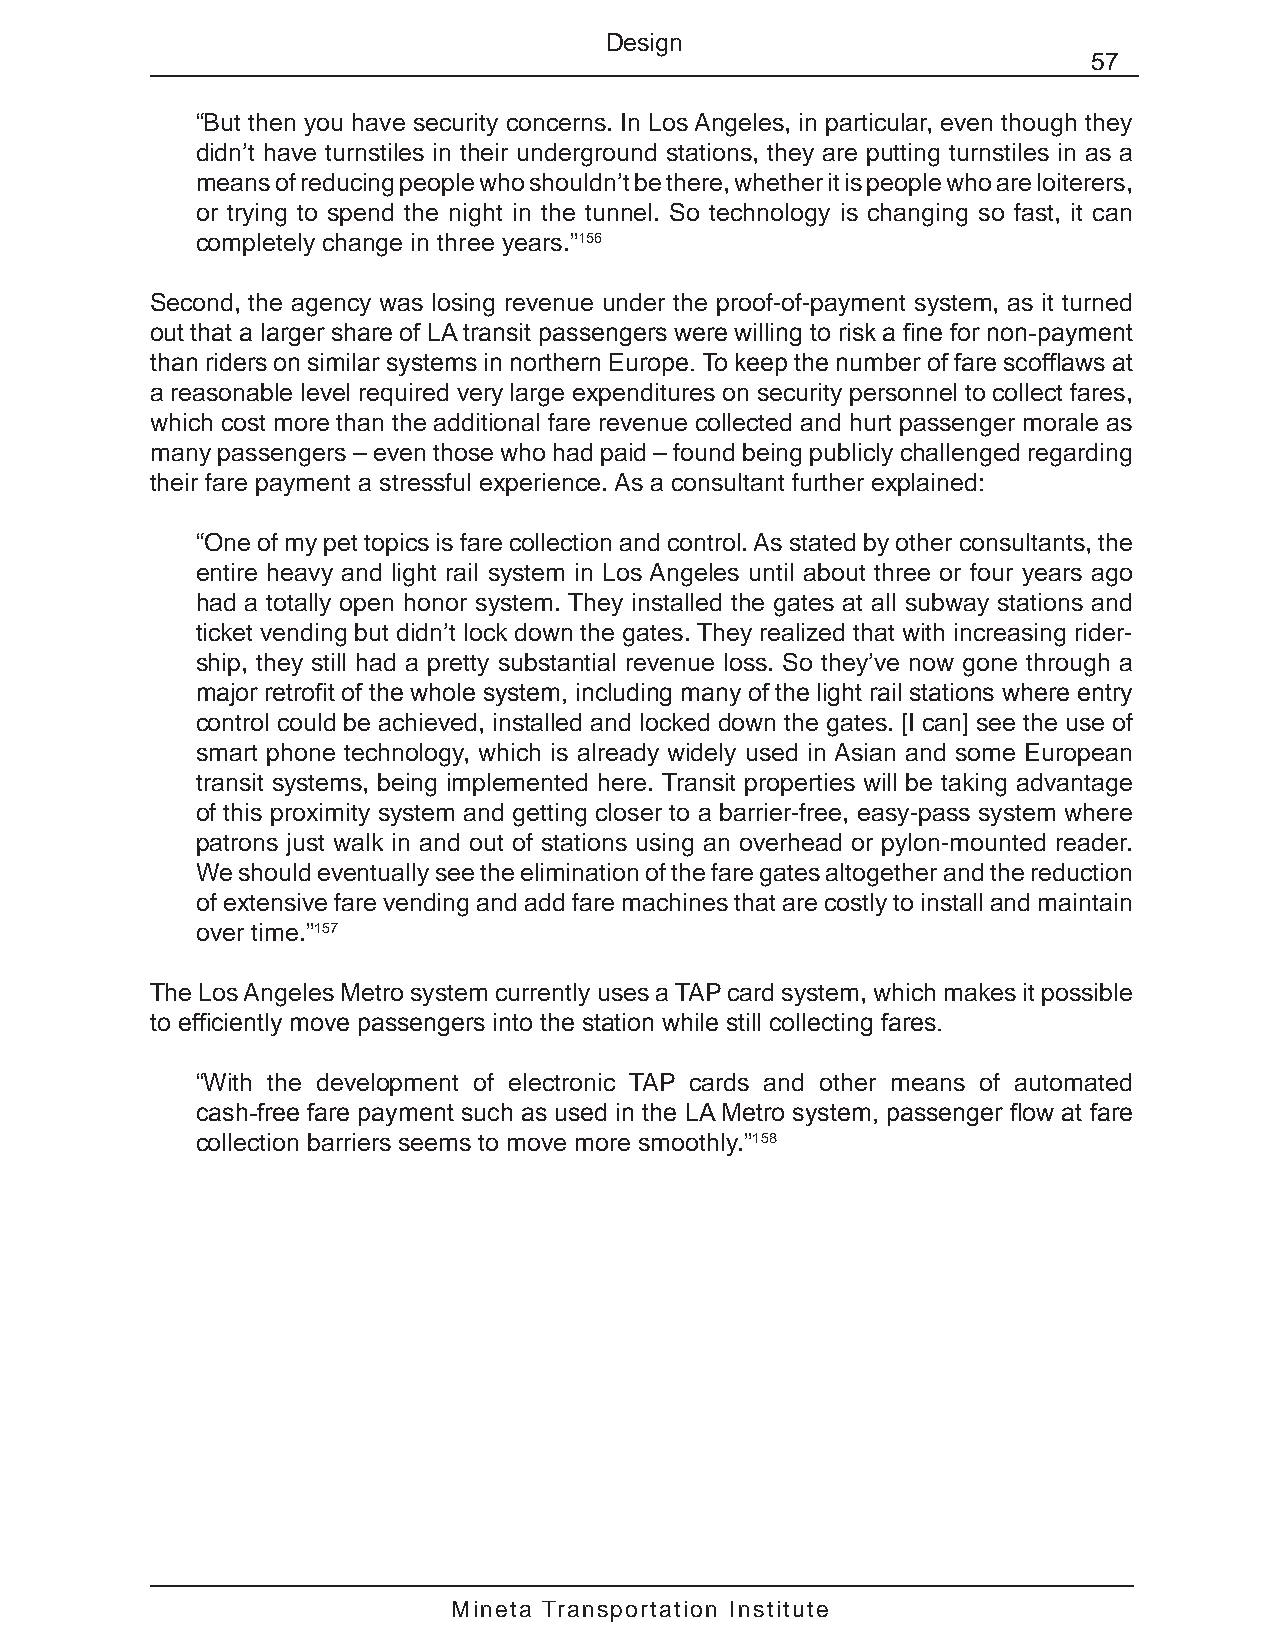
Design
 57
 “But then you have security concerns. In Los Angeles, in particular, even though they
 didn’t have turnstiles in their underground stations, they are putting turnstiles in as a
 means of reducing people who shouldn’t be there, whether it is people who are loiterers,
 or trying to spend the night in the tunnel. So technology is changing so fast, it can
 completely change in three years.”156
 Second, the agency was losing revenue under the proof-of-payment system, as it turned
 out that a larger share of LA transit passengers were willing to risk a fine for non-payment
 than riders on similar systems in northern Europe. To keep the number of fare scofflaws at
 a reasonable level required very large expenditures on security personnel to collect fares,
 which cost more than the additional fare revenue collected and hurt passenger morale as
 many passengers – even those who had paid – found being publicly challenged regarding
 their fare payment a stressful experience. As a consultant further explained:
 “One of my pet topics is fare collection and control. As stated by other consultants, the
 entire heavy and light rail system in Los Angeles until about three or four years ago
 had a totally open honor system. They installed the gates at all subway stations and
 ticket vending but didn’t lock down the gates. They realized that with increasing rider-
 ship, they still had a pretty substantial revenue loss. So they’ve now gone through a
 major retrofit of the whole system, including many of the light rail stations where entry
 control could be achieved, installed and locked down the gates. [I can] see the use of
 smart phone technology, which is already widely used in Asian and some European
 transit systems, being implemented here. Transit properties will be taking advantage
 of this proximity system and getting closer to a barrier-free, easy-pass system where
 patrons just walk in and out of stations using an overhead or pylon-mounted reader.
 We should eventually see the elimination of the fare gates altogether and the reduction
 of extensive fare vending and add fare machines that are costly to install and maintain
 over time.”157
 The Los Angeles Metro system currently uses a TAP card system, which makes it possible
 to efficiently move passengers into the station while still collecting fares.
 “With the development of electronic TAP cards and other means of automated
 cash-free fare payment such as used in the LA Metro system, passenger flow at fare
 collection barriers seems to move more smoothly.”158
 Mineta Transportation Institute